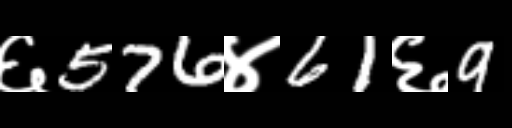
Text: ६576४61६9